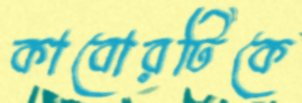
কাবোরটিকে